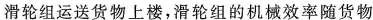
滑轮组运送货物上楼，滑轮组的机械效率随货物